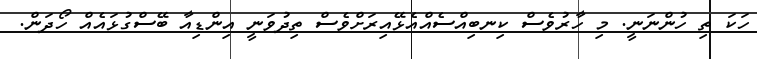
ހަކަ ތި ހުންނަނީ. މި ހާރުވެސް ކިނބިއްސެއްއެޅޭއިރަށްވެސް ތިދުވަނީ އިންޑިއާ ބޭސްގުޅައެއް ހޯދަން.